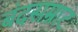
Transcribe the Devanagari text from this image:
बंदसम्राट